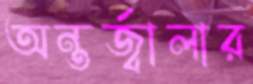
অন্তর্জ্বালার